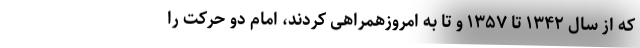
که از سال ۱۳۴۲ تا ۱۳۵۷ و تا به امروزهمراهی کردند، امام دو حرکت را